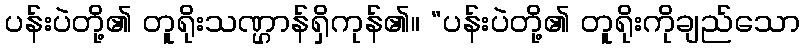
ပန်းပဲတို့၏ တူရိုးသဏ္ဌာန်ရှိကုန်၏။ “ပန်းပဲတို့၏ တူရိုးကိုချည်သော